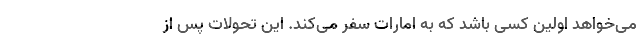
می‌خواهد اولین کسی باشد که به امارات سفر می‌کند. این تحولات پس از